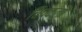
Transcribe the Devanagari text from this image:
चिपकली